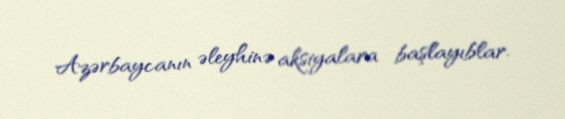
Azərbaycanın əleyhinə aksiyalara başlayıblar.